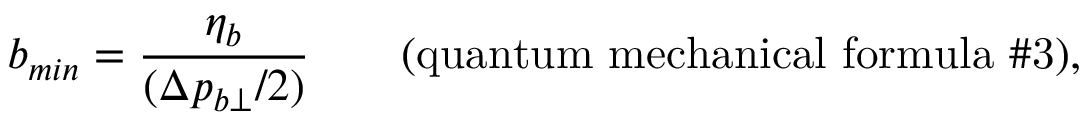
b _ { m i n } = \frac { \eta _ { b } } { ( \Delta p _ { b \perp } / 2 ) } \qquad \mathrm { ( q u a n t u m ~ m e c h a n i c a l ~ f o r m u l a ~ \# 3 ) , }